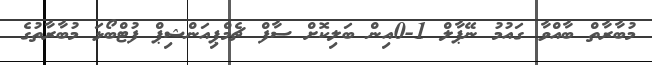
މުބާރާތް ބާއްވާ ގައުމު ނޭޕާލް 1-0އިން ބަލިކޮށް ސާފް ޗެމްޕިއަންޝިޕް ފުޓްބޯޅަ މުބާރާތުގެ